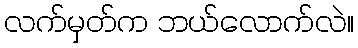
လက်မှတ်က ဘယ်လောက်လဲ။